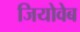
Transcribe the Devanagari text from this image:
जियोवेब